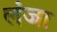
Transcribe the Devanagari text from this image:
लंजा